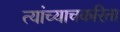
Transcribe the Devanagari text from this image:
त्यांच्याचकरिता